Civil Veterinary Department Bihar & Orissa reports 1929-36 - 1929-1936
Year: 1929
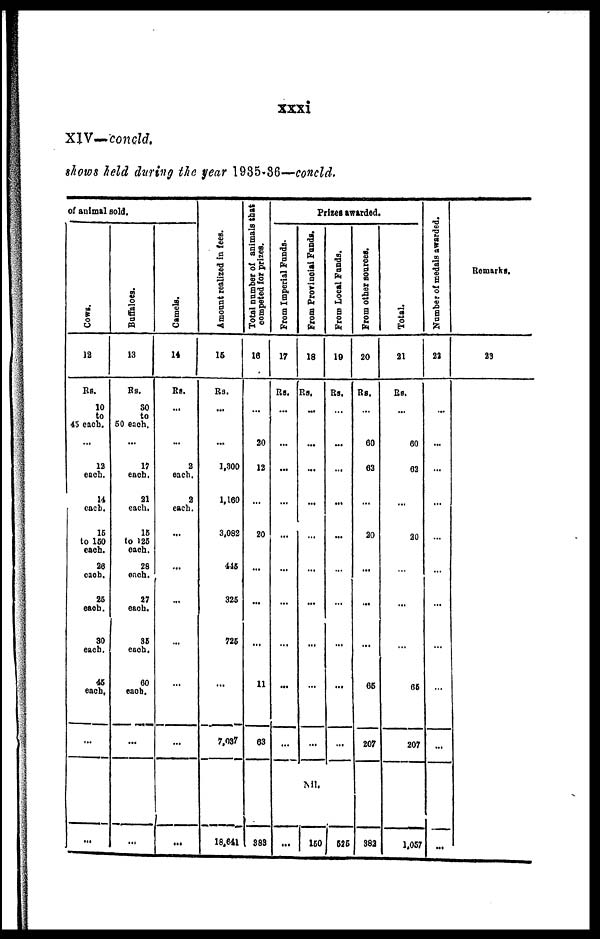
xxxi
XIV—concld,
shows held during the year 1985-86—concld.
of animal sold.
Cows.
12
Rs.
10
to
45 each.
...
12
each.
14
each.
16
to 160
each.
26
each.
25
each.
30
each.
46
each.
...
...
Buffaloes.
13
Rs.
30
to
50 each.
...
17
each.
21
each.
15
to 125
each.
28
each.
27
each.
36
each.
60
each.
...
...
Camels.
14
Rs.
...
...
2
each.
2
each.
...
...
...
...
...
...
...
Amo u n t r eal i zed in fees.
15
Rs.
...
...
1,300
1,160
3,082
445
325
725
...
7,037
18,641
Total number of animals that
competed for prizes.
16
20
12
...
20
...
...
...
11
63
383
Prizes awarded.
From Imperial Funds.
17
Rs.
...
...
...
...
...
...
...
...
...
...
...
From Provincial Funds.
18
Rs.
...
...
...
...
...
...
...
...
...
...
Nil.
160
From Local Funds.
19
Rs.
...
...
...
...
...
...
...
...
...
...
525
From other sources.
20
Rs.
...
60
62
...
20
...
...
...
65
207
382
Total.
21
Rs.
...
60
62
...
20
...
...
...
65
207
1,057
Number of medals awarded.
22
...
...
...
...
...
...
...
...
...
Remarks.
23